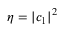
\eta = \vert c _ { 1 } \vert ^ { 2 }